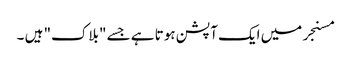
مسنجر میں ایک آپشن ہوتا ہے جسے "بلاک" ہیں ۔